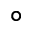
^ { \circ }